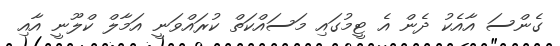
ގެންސަ އާއެކު ދެން އެ ޓީމުގައި މަސައްކަތް ކުރައްވަނީ އަމާލް ކްލޫނީ އާއި